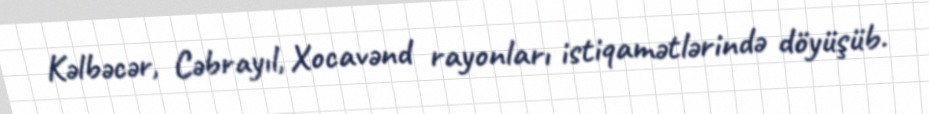
Kəlbəcər, Cəbrayıl, Xocavənd rayonları istiqamətlərində döyüşüb.